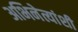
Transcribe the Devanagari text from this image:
अभिनेत्यांशी